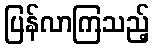
ပြန်လာကြသည့်